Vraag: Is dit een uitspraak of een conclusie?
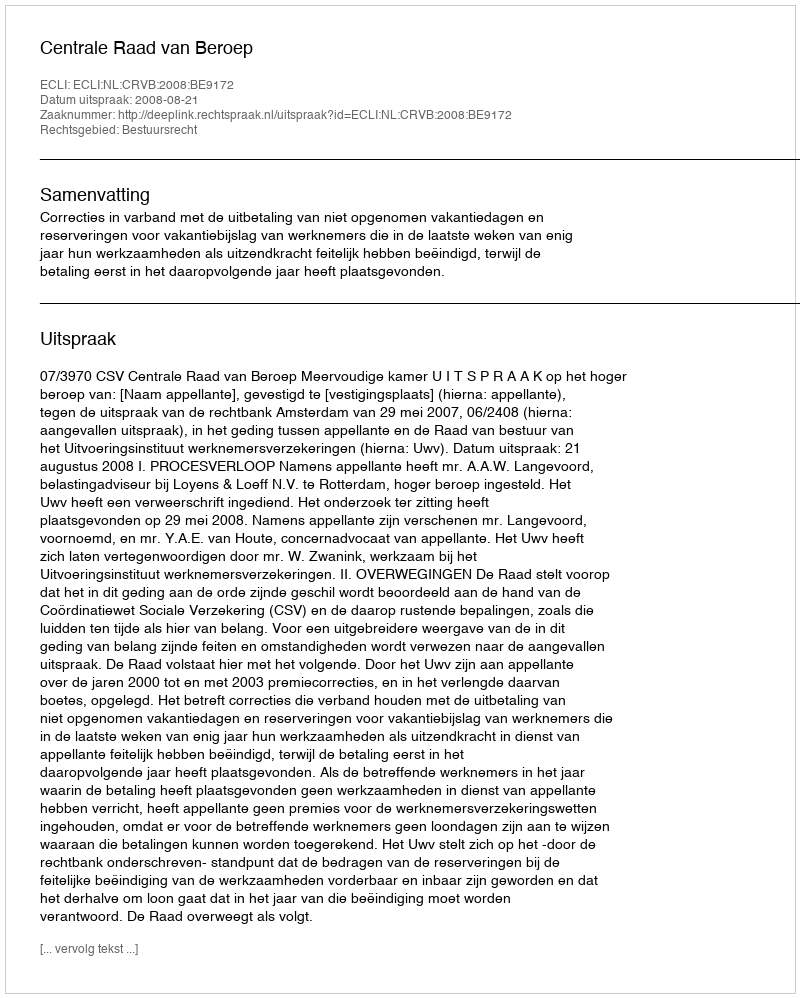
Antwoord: Uitspraak